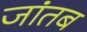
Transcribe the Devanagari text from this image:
जांतब